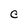
Character: C